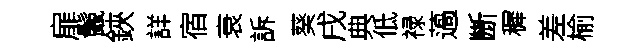
扉鬛鋏詳宿衰訴葵戌典低禄薖㫁穉差榆